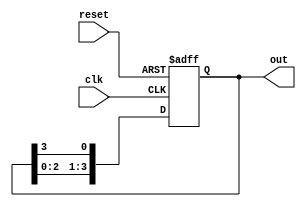
module ring_counter #(
    parameter N = 4  // Number of flip-flops (states)
)(
    input wire clk,      // Clock signal
    input wire reset,    // Asynchronous reset signal
    output reg [N-1:0] out // Output representing the state of the counter
);

// Initial state
initial begin
    out = 1'b1; // Start with the first flip-flop set to '1'
end

// Sequential logic for the ring counter
always @(posedge clk or posedge reset) begin
    if (reset) begin
        out <= 1'b1; // Reset to initial state
    end else begin
        // Shift the '1' to the next flip-flop
        out <= {out[N-2:0], out[N-1]}; // Shift left and wrap around
    end
end

endmodule